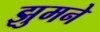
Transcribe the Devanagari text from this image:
झुमने